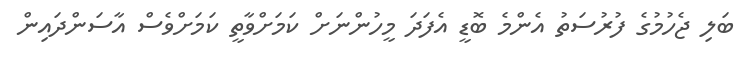
ބަލި ޖެހުމުގެ ފުރުސަތު އެންމެ ބޮޑީ އެފަދަ މީހުންނަށް ކަމަށްވާތީ ކަމަށްވެސް އާސަންދައިން